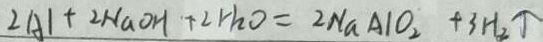
2 A l + 2 N a O H + 2 H _ { 2 } O = 2 N a A l O _ { 2 } + 3 H _ { 2 } \uparrow